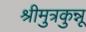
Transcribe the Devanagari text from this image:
श्रीमुत्रकुन्नू